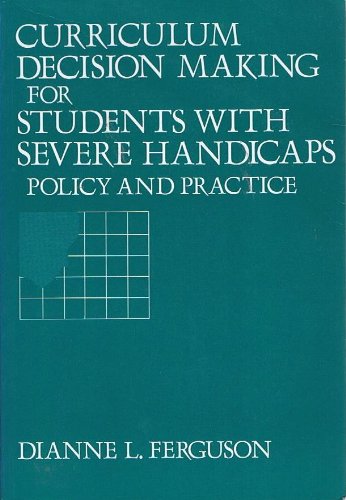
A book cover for Curriculum Decision Making for Students With Severe Handicaps: Policy and Practice (Special Education Series); Dianne L. Ferguson; Health, Fitness & Dieting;